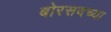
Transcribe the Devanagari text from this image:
बोरसदच्या